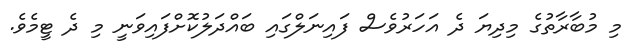
މި މުބާރާތުގެ މިދިޔަ ދެ އަހަރުވެސް ފައިނަލްގައި ބައްދަލުކޮށްފައިވަނީ މި ދެ ޓީމެވެ.